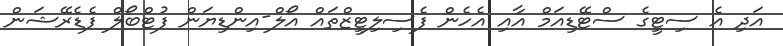
އަދި އެ ސިޓީގެ ސްޓޭޑިއަމް އާއި އެހެން ފެސިލިޓީޒްތައް އޯލް-އިންޑިޔަން ފުޓްބޯލް ފެޑެރޭޝަން